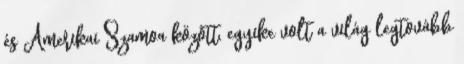
és Amerikai Szamoa között, egyike volt a világ legtovább